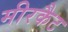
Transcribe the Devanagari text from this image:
मीरकैट